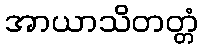
အာယာသိတတ္တံ